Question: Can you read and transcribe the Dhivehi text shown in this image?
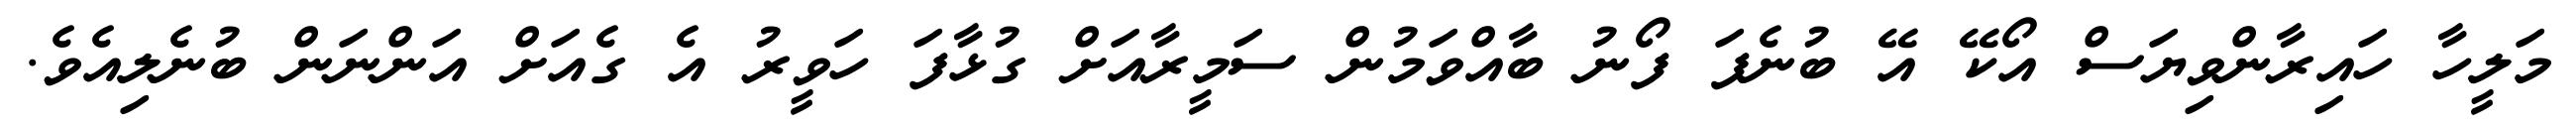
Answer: މަލީހާ ހައިރާންވިޔަސް އޯކޭ އޭ ބުނެފަ ފޯނު ބާއްވަމުން ސަމީރާއަށް ގުޅާފަ ހަވީރު އެ ގެއަށް އަންނަން ބުނެލިއެވެ.